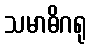
သမာဓိဂရု